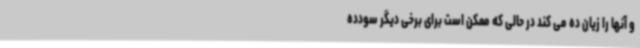
و آنها را زیان ده می کند در حالی که ممکن است برای برخی دیگر سودده